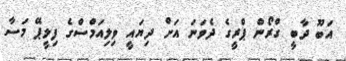
އަބޫ ދާބީ ގްރޯން ޕްރީގެ ދެވަނަ އަށް ދިޔައީ ވިލިއަމްސްގެ ފިލީޕޭ މަސާ